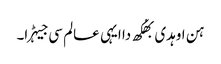
ہن اوہدی بھُکھ دا ایہی عالم سی جیہڑا۔